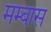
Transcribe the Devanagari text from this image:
मम्बास